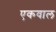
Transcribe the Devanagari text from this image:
एकवाल